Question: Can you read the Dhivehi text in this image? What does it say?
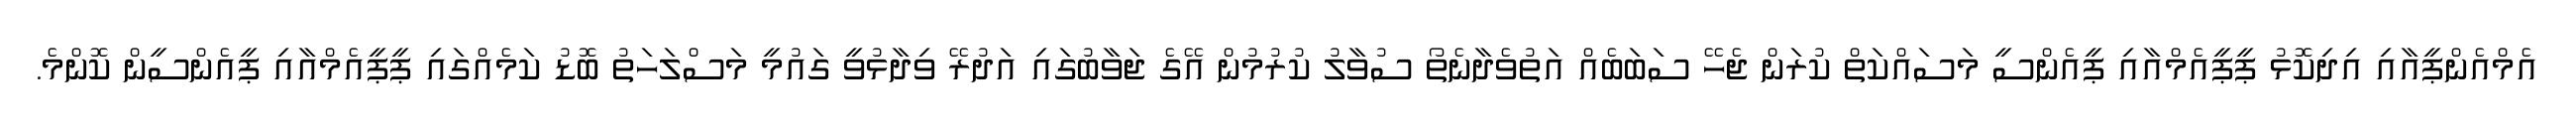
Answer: އެމްއެންޕީއާއި އިދިކޮޅު ޕީޕީއެމްއާއި ޕީއެންސީ މަސައްކަތް ކުރަން ޖެހޭ ސަބަބެއް އަތުވެދާނެތޯ ސުވާލު ކުރުމުން އޭގެ ޖަވާބުގައި އަދުރޭ ވިދާޅުވީ ގައުމީ މަސްލަހަތު ބޮޑު ކަމެއްގައި ޕީޕީއެމްއާއި ޕީއެންސީން ކޮންމެ.